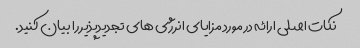
نکات اصلی ارائه در مورد مزایای انرژی های تجدیدپذیر را بیان کنید.